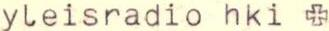
yleisradio hki